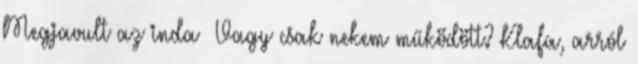
Megjavult az inda Vagy csak nekem működött? Klafa, arról